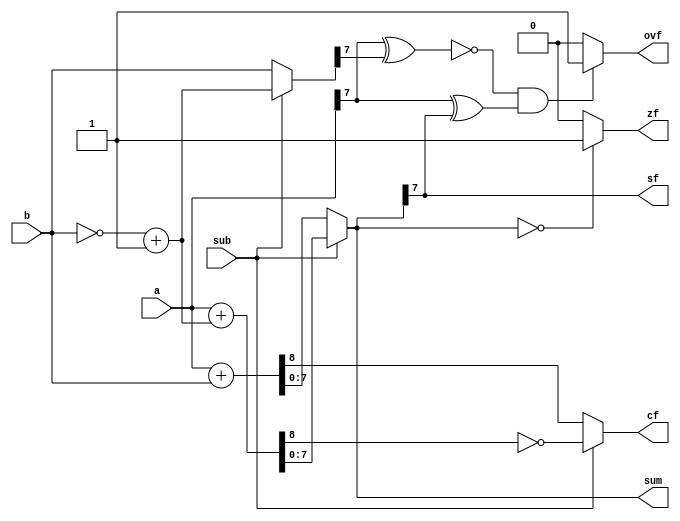
`timescale 1ns / 1ps
//////////////////////////////////////////////////////////////////////////////////
// Company: 
// Engineer: 
// 
// Design Name: 
// Module Name: addsub
// Project Name: 
// Target Devices: 
// Tool Versions: 
// Description: 
// 
// Dependencies: 
// 
// Revision:
// Revision 0.01 - File Created
// Additional Comments:
// 
//////////////////////////////////////////////////////////////////////////////////


module addsub
#(parameter WIDTH=8)(
input [(WIDTH-1):0] a,
input [(WIDTH-1):0] b,
input sub,
output [(WIDTH-1):0] sum,
output cf,//
output ovf,//
output sf,//
output zf//
    );
 //
 reg cf_ini,ovf_ini,zf_ini;
 reg [(WIDTH-1):0] sum_ini,subb;
 always @(*)
 begin
if(sub==1'b0)
    begin
    subb=b;
     {cf_ini,sum_ini}=a+subb;
    end
else 
    begin
     subb=~b+1'b1;
     {cf_ini,sum_ini}=a+subb;
     cf_ini=~cf_ini;
    end
if(~(a[WIDTH-1]^subb[WIDTH-1])&&(a[WIDTH-1]^sum_ini[WIDTH-1]))
    ovf_ini= 1'b1;
else 
    ovf_ini=1'b0;
if(sum_ini==32'b0)
    zf_ini =  1'b1;
else 
    zf_ini = 1'b0;
end
assign cf= cf_ini;
assign sum= sum_ini;
assign ovf= ovf_ini;
assign sf =  sum_ini[WIDTH-1];
assign zf = zf_ini;
endmodule